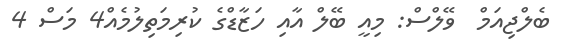
ބެލްޖިއަމް  ވޭލްސް: މިއީ ބޭލް އާއި ހަޒާޑްގެ ކުރިމަތިލުމެއް4 މަސް 4